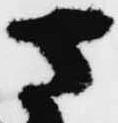
さ